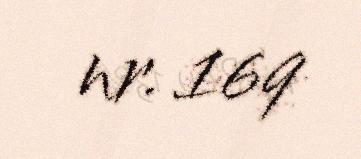
nr. 169